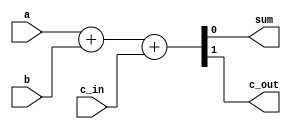
// one bit full adder

module full_adder(a,b,c_in,sum,c_out);
  input a,b,c_in;
  output sum,c_out;
  
  assign {c_out, sum} = a + b + c_in;
  
endmodule